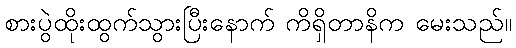
စားပွဲထိုးထွက်သွားပြီးနောက် ကိရှိတာနိက မေးသည်။